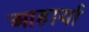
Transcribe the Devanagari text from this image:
आहार्या